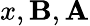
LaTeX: x,\mathbf{B},\mathbf{A}